Senior Leaving Certificate Examination (including Day School Certificate (Higher) General paper), 1947
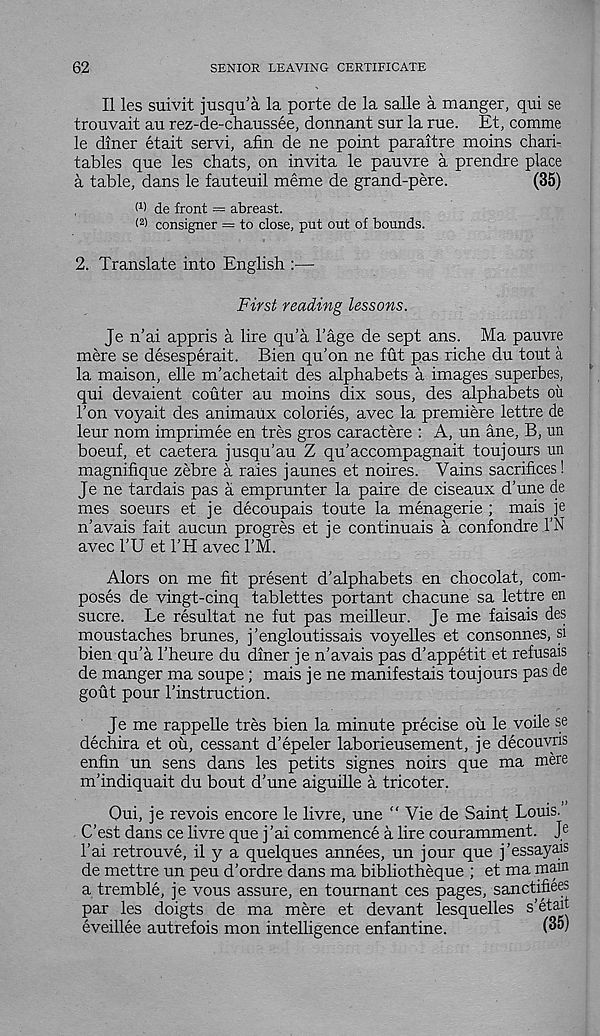
62
SENIOR LEAVING CERTIFICATE
II les suivit jusqu’a la porte de la salle a manger, qui se
trouvait an rez-de-chaussee, donnant sur la rue. Et, comme
le diner etait servi, afin de ne point paraitre moins chari-
tables que les chats, on invita le pauvre a prendre place
a table, dans le fauteuil meme de grand-pere.
(35)
,
M de front = abreast.
( 2 > consigner = to close, put out of bounds.
2. Translate into English :—
F-irsf reading lessons.
Je n’ai appris a lire qu’a 1’age de sept ans. Ma pauvre
mere se desesperait. Bien qu'on ne fut pas riche du tout a
la maison, elle m’achetait des alphabets a images superbes,
qui devaient couter au moins dix sous, des alphabets oil
Ton voyait des animaUx colories, avec la premiere lettre de
leur nom imprimee en tres gros caractere : A, un ane, B, un
boeuf, et caetera jusqu’au Z qu’accompagnait toujours un
magnifique zebre a raies jaunes et noires. Vains sacrifices!
Je ne tardais pas a emprunter la paire de ciseaux d’une de
mes soeurs et je decoupais toute la menagerie ; mais je
n’avals fait aucun progres et je continuais a confondre I’N
avec I’U et I'H avec I’M.
Alors on me fit present d’alphabets en chocolat, com-
poses de vingt-cinq tablettes portant chacune sa lettre en
sucre. Le resultat ne fut pas meilleur. Je me faisais des
moustaches brunes, j’engloutissais voyelles et consonnes, si
bien qu'a 1’heure du diner je n’avais pas d’appetit et refusals
de manger ma soupe ; mais je ne manifestais toujours pas de
gout pour I’instruction.
Je me rappelle tres bien la minute precise oil le voile se
dechira et ou, cessant d’epeler laborieusement, je decouvris
enfin un sens dans les petits signes noirs que ma mere
m’indiquait du bout d’une aiguille a tricoter.
Oui, je revois encore le livre, une “ Vie de Saint Louis.
C’est dans ce livre que j ’ai commence a lire couramment. J e
1’ai retrouve, il y a quelques annees, un jour que j’essayais
de mettre un peu d’ordre dans ma bibliotheque ; et ma main
a tremble, je vous assure, en tournant ces pages, sanctifiees
par les doigts de ma mere et devant lesquelles s’etait
eveillee autrefois mon intelligence enfantine.
(35)